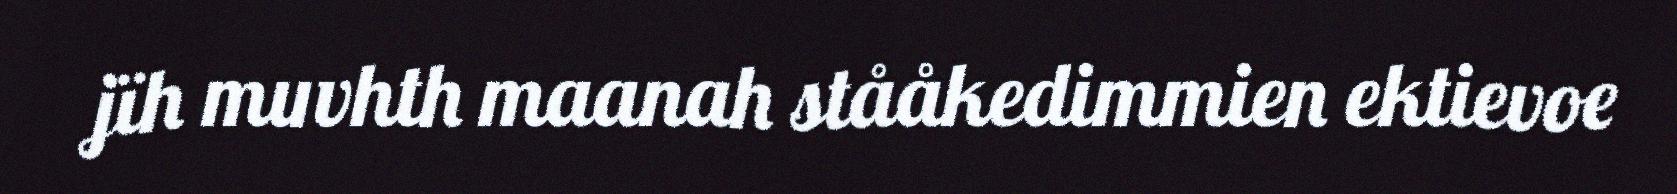
jïh muvhth maanah stååkedimmien ektievoe